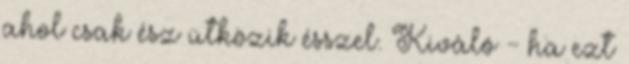
ahol csak ész ütközik ésszel. Kiváló - ha ezt